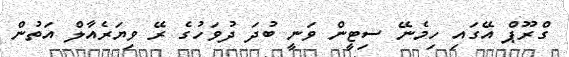
ގްރޫޕް އޭގައި ހިމެނޭ ސިޓީން ވަނީ ބުދަ ދުވަހުގެ ރޭ ވިޔަރެއާލް އަތުން